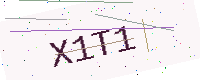
Text: X1T1